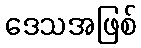
ဒေသအဖြစ်